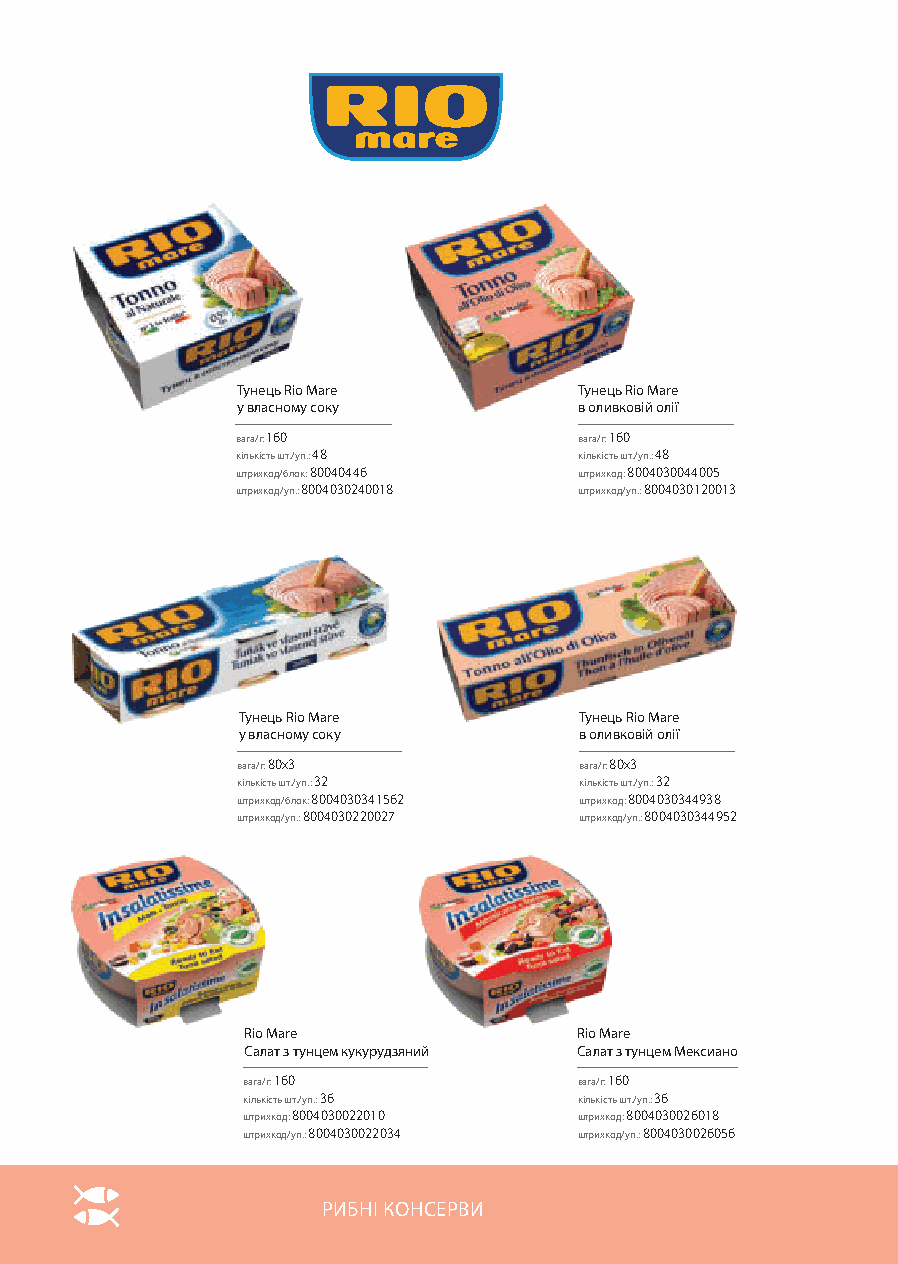
Тунець Rio Mare       Тунець Rio Mare
 у власному соку       в оливковій олії
 160                   160
 вага/г:               вага/г:
 48                    48
 кількість шт./уп.:    кількість шт./уп.:
 80040446             8004030044005
 штрихкод/блок:        штрихкод:
 8004030240018          8004030120013
 штрихкод/уп.:         штрихкод/уп.:
 Тунець Rio Mare       Тунець Rio Mare
 у власному соку       в оливковій олії
 80х3                  80х3
 вага/г:               вага/г:
 32                    32
 кількість шт./уп.:    кількість шт./уп.:
 8004030341562        8004030344938
 штрихкод/блок:        штрихкод:
 8004030220027          8004030344952
 штрихкод/уп.:         штрихкод/уп.:
 Rio Mare              Rio Mare
 Салат з тунцем кукурудзяний Салат з тунцем Мексиано
 160                   160
 вага/г:               вага/г:
 36                    36
 кількість шт./уп.:    кількість шт./уп.:
 8004030022010         8004030026018
 штрихкод:             штрихкод:
 8004030022034          8004030026056
 штрихкод/уп.:         штрихкод/уп.:
 РИБНІ КОНСЕРВИ